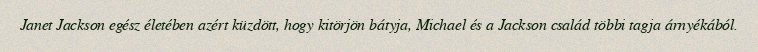
Janet Jackson egész életében azért küzdött, hogy kitörjön bátyja, Michael és a Jackson család többi tagja árnyékából.